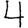
Digit: 4